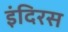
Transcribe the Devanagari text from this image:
इंदिरस